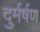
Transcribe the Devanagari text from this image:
दुर्मर्षण